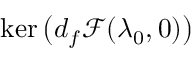
\ker \big ( d _ { f } \mathscr { F } ( \lambda _ { 0 } , 0 ) \big )